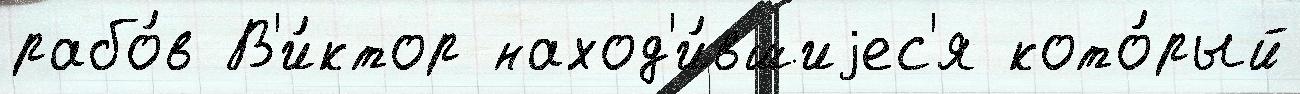
рабо́в В'и́ктор наход'и́вшиjес'я кото́рый